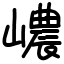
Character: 嶩